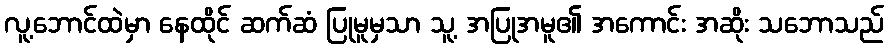
လူ့ဘောင်ထဲမှာ နေထိုင် ဆက်ဆံ ပြုမူမှသာ သူ့ အပြုအမူ၏ အကောင်း အဆိုး သဘောသည်